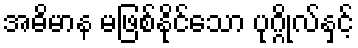
အဓိမာန မဖြစ်နိုင်သော ပုဂ္ဂိုလ်နှင့်